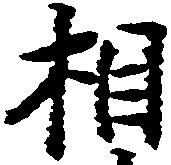
相